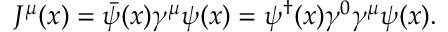
J ^ { \mu } ( x ) = \bar { \psi } ( x ) \gamma ^ { \mu } \psi ( x ) = \psi ^ { \dagger } ( x ) \gamma ^ { 0 } \gamma ^ { \mu } \psi ( x ) .